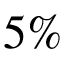
5 \%